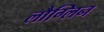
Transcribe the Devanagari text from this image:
लौग्लिन